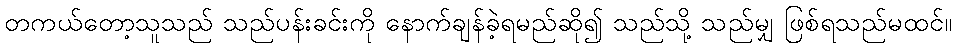
တကယ်တော့သူသည် သည်ပန်းခင်းကို နောက်ချန်ခဲ့ရမည်ဆို၍ သည်သို့ သည်မျှ ဖြစ်ရသည်မထင်။